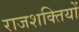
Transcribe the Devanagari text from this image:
राजशक्तियों